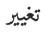
تغيير